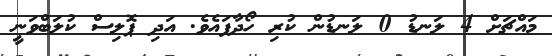
މައްޗަށް 4 ލަނޑު 0 ލަނޑުން ކުރި ހޯދާފައެވެ. އަދި ޕޮލިސް ކުލަބްވަނީ